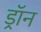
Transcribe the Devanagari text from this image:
ड्रॉन